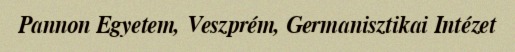
Pannon Egyetem, Veszprém, Germanisztikai Intézet